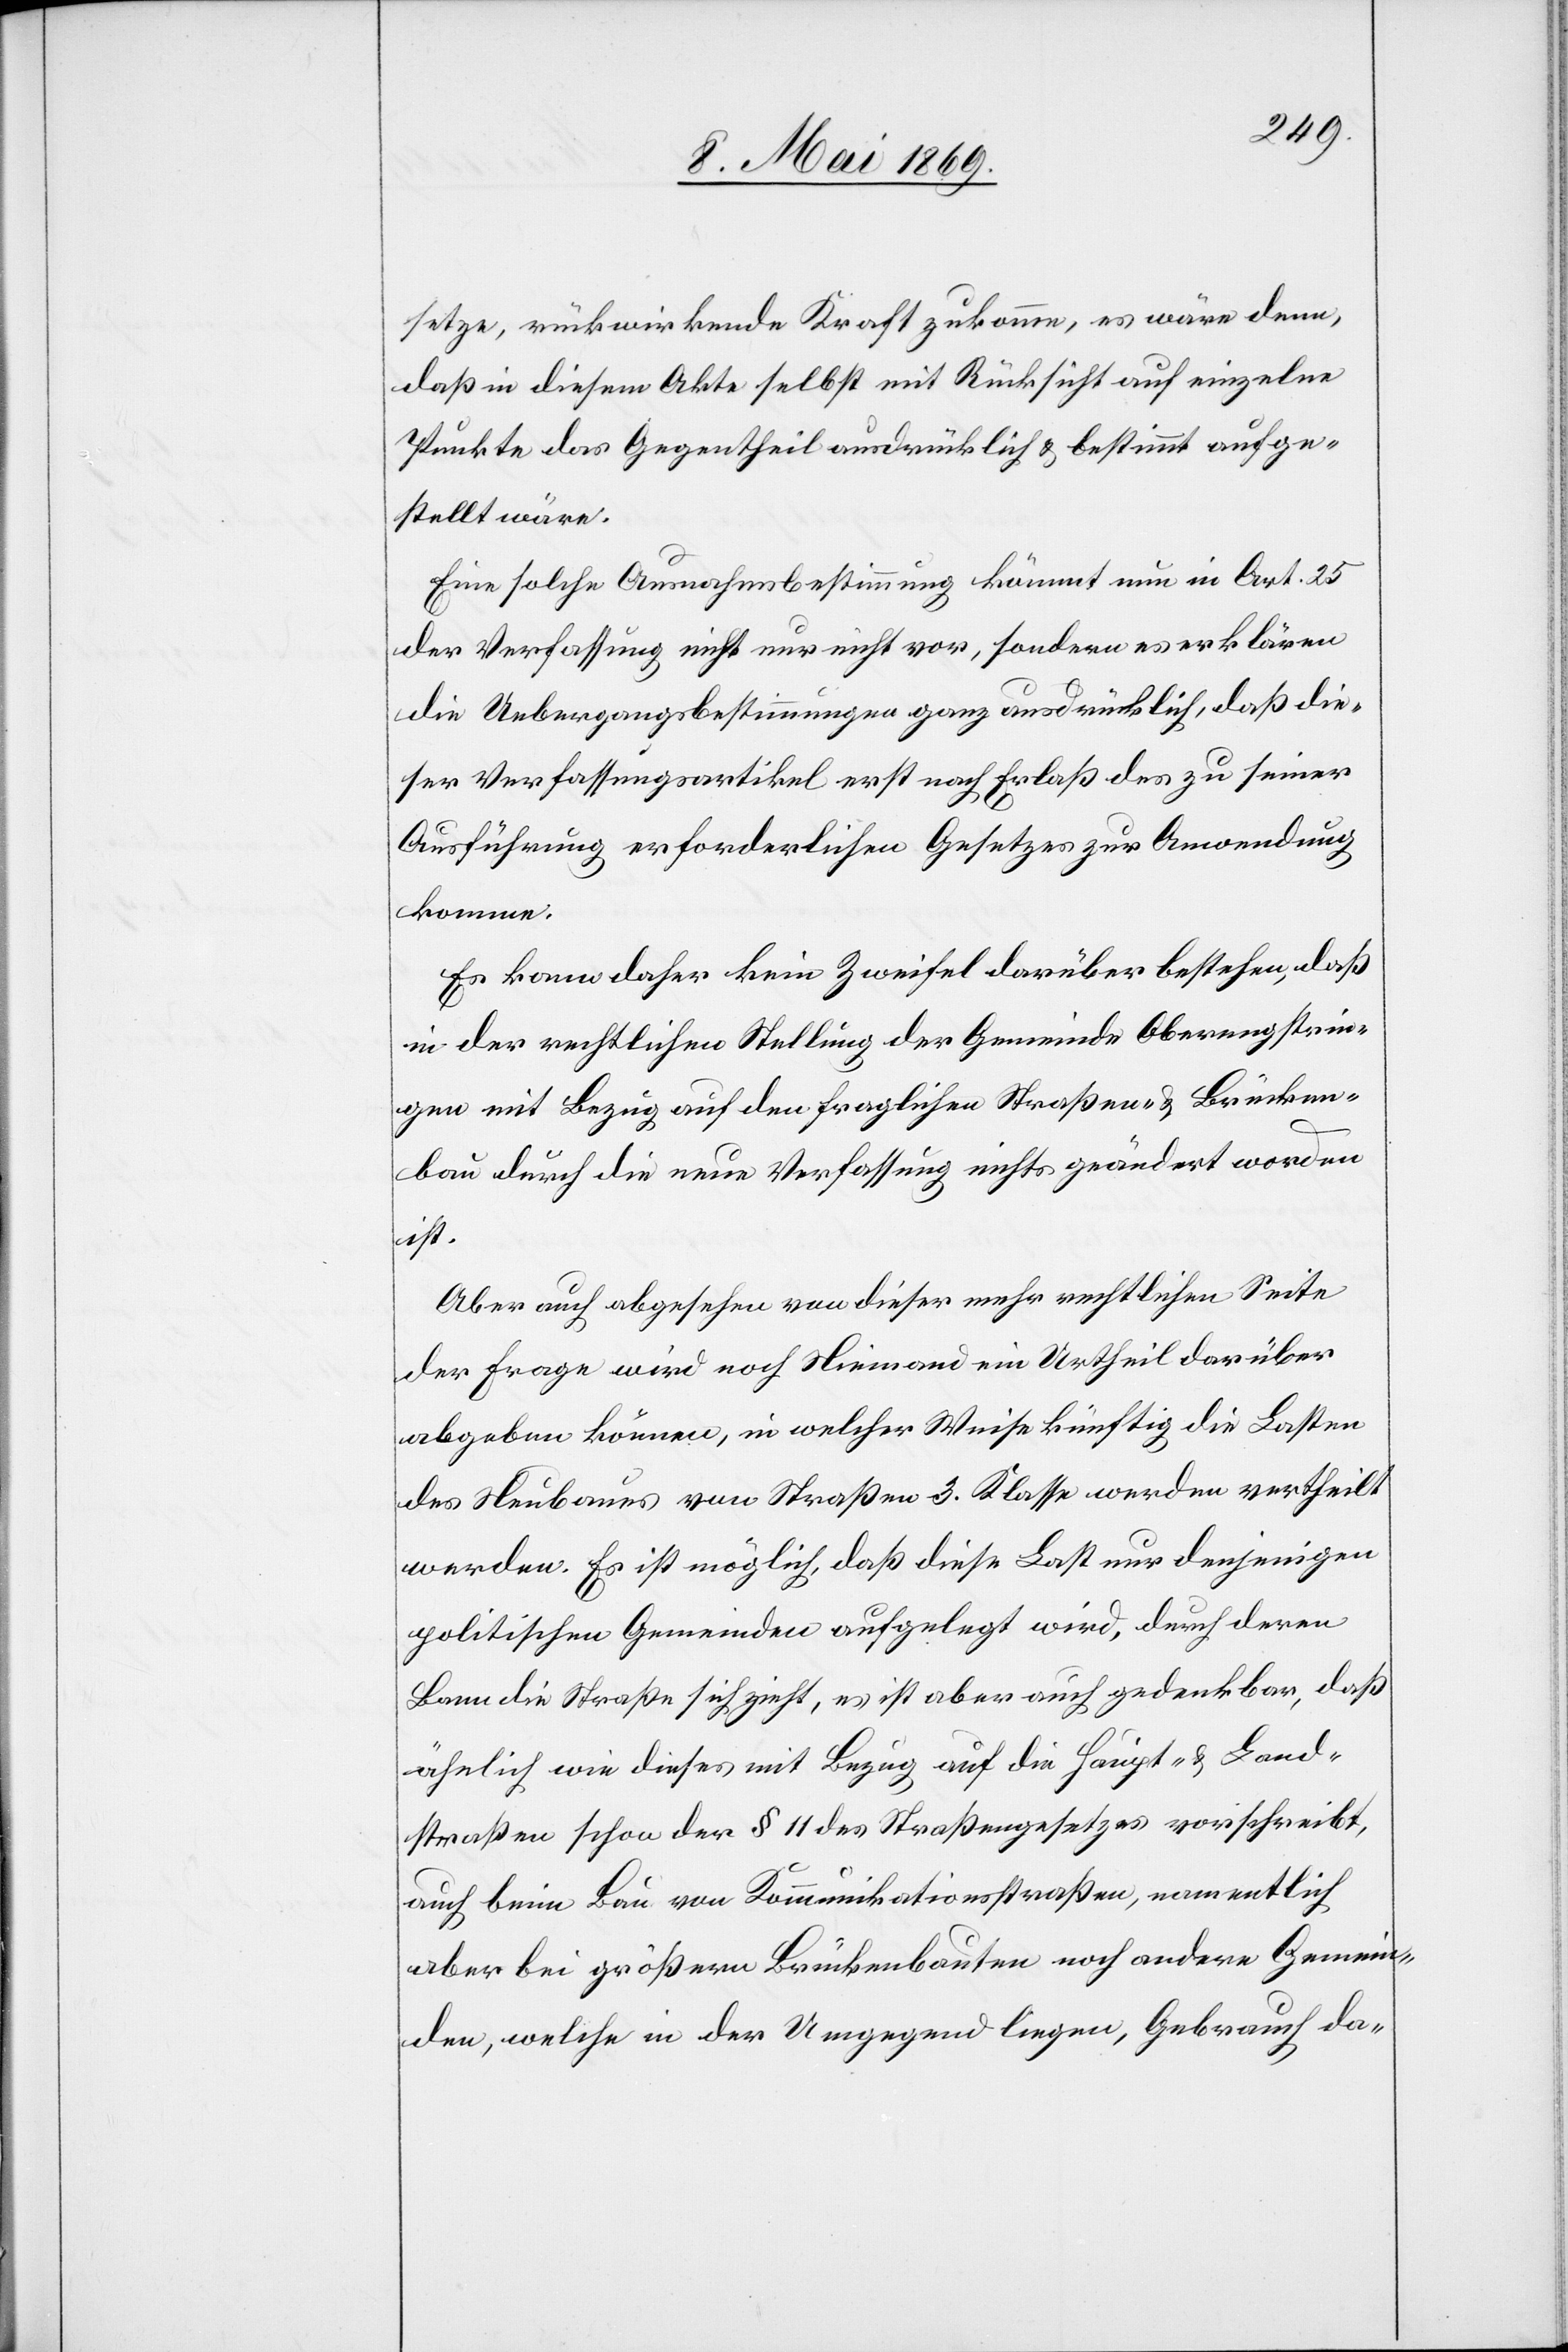
setze, rückwirkende Kraft zukomme, es wäre denn,
daß in diesem Akte selbst mit Rücksicht auf einzelne
Punkte das Gegentheil ausdrücklich u. bestimmt aufge¬
stellt wäre.
Eine solche Ausnahmsbestimmung kömmt nun in Art. 25
der Verfassung nicht nur nicht vor, sondern es erklären
die Uebergangsbestimmungen ganz ausdrücklich, daß die¬
ser Verfassungsartikel erst nach Erlaß des zu seiner
Ausführung erforderlichen Gesetzes zur Anwendung
komme.
Es kann daher kein Zweifel darüber bestehen, daß
in der rechtlichen Stellung der Gemeinde Oberengstrin¬
gen mit Bezug auf den erforderlichen Straßen- u. Brücken¬
bau durch die neue Verfassung nichts geändert worden
ist.
Aber auch abgesehen von dieser mehr rechtlichen Seite
der Frage wird noch Niemand ein Urtheil darüber
abgeben können, in welcher Weise künftig die Lasten
des Neubaues von Straßen 3. Klasse werden vertheilt
werden. Es ist möglich, daß diese Last nur denjenigen
politischen Gemeinden aufgelegt wird, durch deren
Bann die Straße sich zieht, es ist aber auch gedenkbar, daß
ähnlich wie dieses mit Bezug auf die Haupt- u. Land¬
straßen schon der § 11 des Straßengesetzes vorschreibt,
auch beim Bau von Kommunikationsstraßen, namentlich
aber bei größern Brückenbauten noch andere Gemein¬
den, welche in der Umgegend liegen, Gebrauch da-